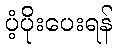
ပံ့ပိုးပေးရန်